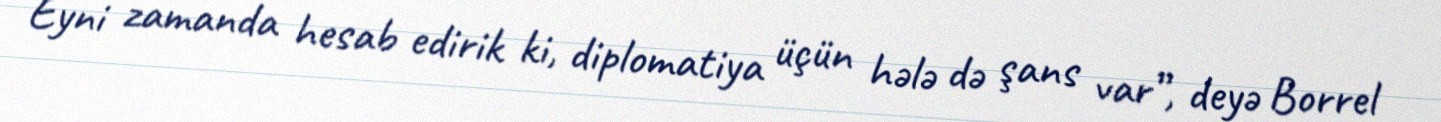
Eyni zamanda hesab edirik ki, diplomatiya üçün hələ də şans var”, deyə Borrel